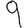
Digit: 9